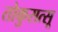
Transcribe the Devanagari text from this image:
तोकुसत्सू